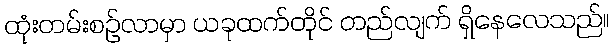
ထုံးတမ်းစဉ်လာမှာ ယခုထက်တိုင် တည်လျက် ရှိနေလေသည်။